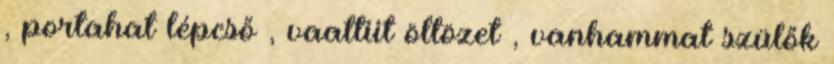
, portahat lépcső , vaattiit öltözet , vanhammat szülők